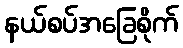
နယ်စပ်အခြေစိုက်